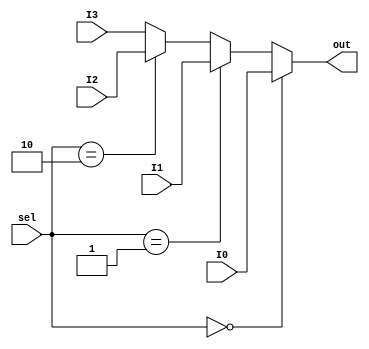
module mux4to1_32b(input [31:0] I0, I1, I2, I3,  input [1:0] sel, output [31:0] out);

    assign out = (sel == 2'b00) ? I0:
                (sel == 2'b01) ? I1:
                (sel == 2'b10) ? I2:
                I3;
endmodule